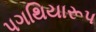
પગથિયારૂપ